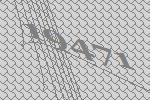
19471